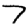
Digit: 7